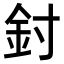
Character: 𨥇